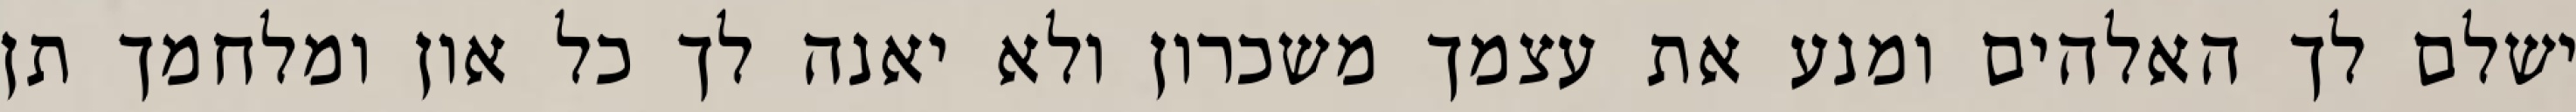
ישלם לך האלהים ומנע את עצמך משכרון ולא יאנה לך כל און ומלחמך תן